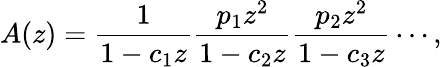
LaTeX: A(z)={\frac{1}{1-c_{1}z}}{\frac{p_{1}z^{2}}{1-c_{2}z}}{\frac{p_{2}z^{2}}{1-c_{3}z}}\cdots,